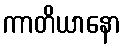
ကာတိယာနော